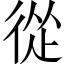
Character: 從